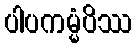
ပါပကမ္မံပိဿ